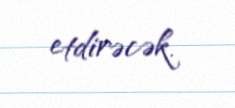
etdirəcək.